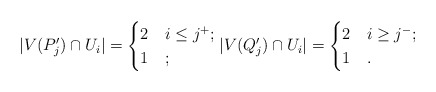
\begin{align*}|V(P_j')\cap U_i|=\begin{cases}2 & i\leq j^+;\\1 & ;\\\end{cases} |V(Q_j')\cap U_i|=\begin{cases}2 & i\geq j^-;\\1 & .\\\end{cases}\end{align*}